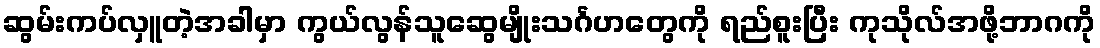
ဆွမ်းကပ်လှူတဲ့အခါမှာ ကွယ်လွန်သူဆွေမျိုးသင်္ဂဟတွေကို ရည်စူးပြီး ကုသိုလ်အဖို့ဘာဂကို